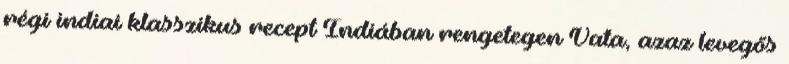
régi indiai klasszikus recept Indiában rengetegen Vata, azaz levegős